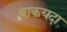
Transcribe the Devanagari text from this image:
बाकयदा